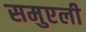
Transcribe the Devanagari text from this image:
समुएली